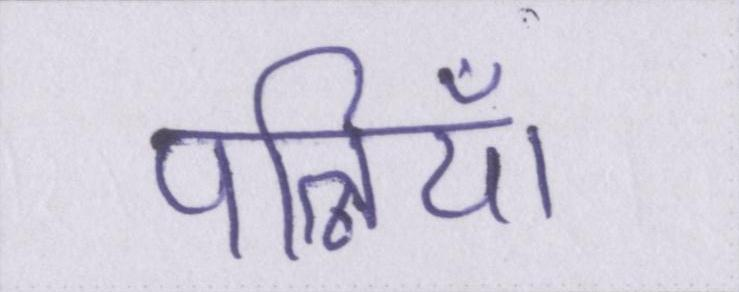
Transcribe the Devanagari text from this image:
पत्नियाँ